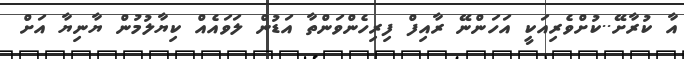
އާ ކުރާށޭ..ކުށްވެރިއަކީ އަހަންނޭ ރާއިފް ފިރިހެންވަންތާ އަޑުން ލަވައެއް ކިޔާލުމުން ޔާނިޔާ އަށް